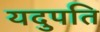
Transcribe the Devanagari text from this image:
यदुपति